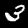
Label: 3